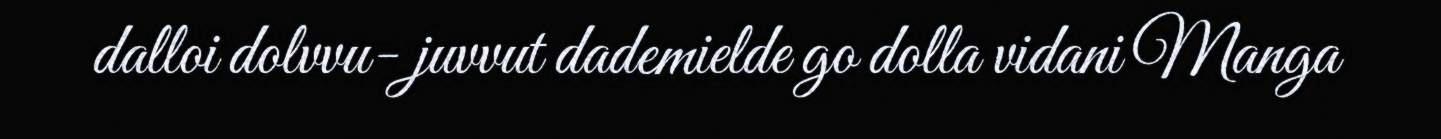
dalloi dolvvu- juvvut dademielde go dolla vidani Manga